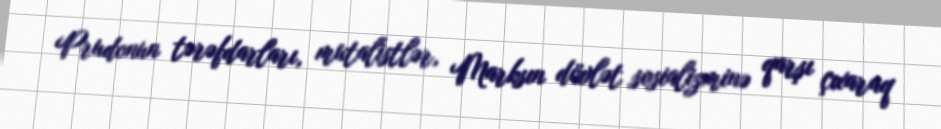
Prudonun tərəfdarları, mutalistlər, Marksın dövlət sosializminə qarşı çıxaraq